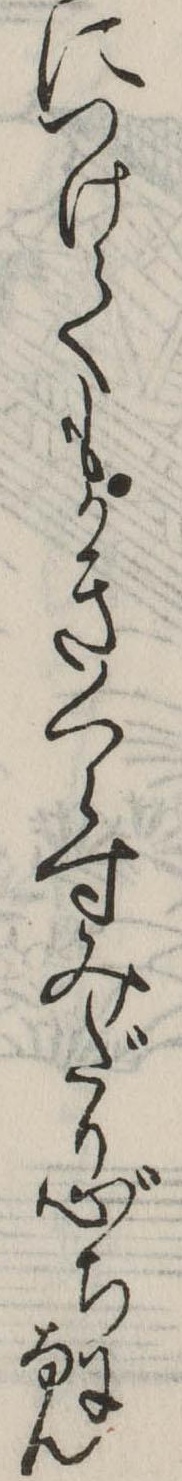
につけてもかきくらすみだり心ちになん